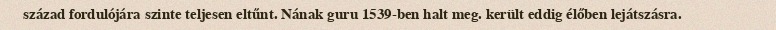
század fordulójára szinte teljesen eltűnt. Nának guru 1539-ben halt meg. került eddig élőben lejátszásra.